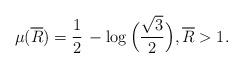
LaTeX: \begin{align*} \mu(\overline R) = \frac12\, - \log \Big( \frac{\sqrt{3}}{2} \Big), \overline R > 1.\end{align*}